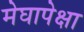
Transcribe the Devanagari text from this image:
मेघापेक्षा